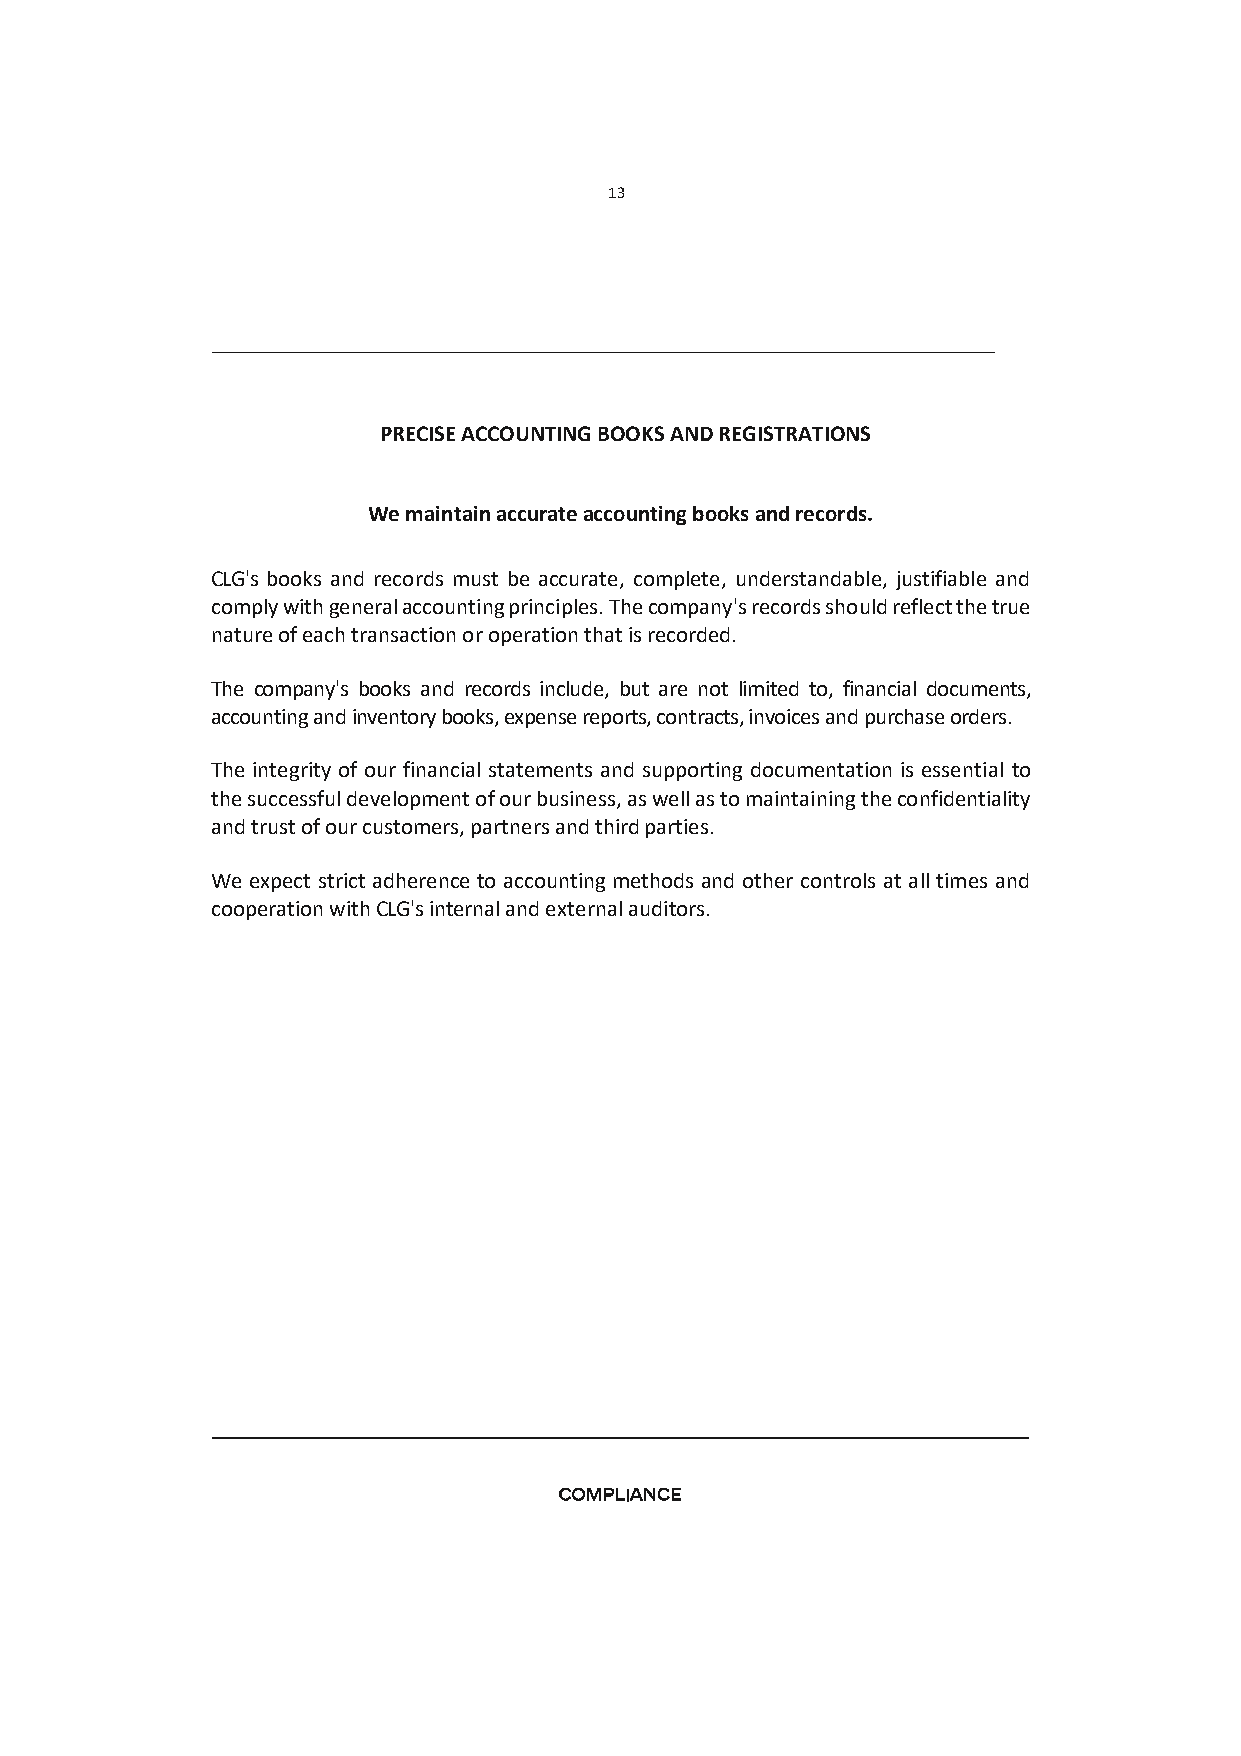
13
 PRECISE ACCOUNTING BOOKS AND REGISTRATIONS
 We maintain accurate accounting books and records.
 CLG's books and records must be accurate, complete, understandable, justifiable and
 comply with general accounting principles. The company's records should reflect the true
 nature of each transaction or operation that is recorded.
 The company's books and records include, but are not limited to, financial documents,
 accounting and inventory books, expense reports, contracts, invoices and purchase orders.
 The integrity of our financial statements and supporting documentation is essential to
 the successful development of our business, as well as to maintaining the confidentiality
 and trust of our customers, partners and third parties.
 We expect strict adherence to accounting methods and other controls at all times and
 cooperation with CLG's internal and external auditors.